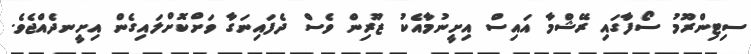
ސިޓިންރޫމު ސޯފާގައި ރޭޝްމާ އައިސް އިށީނުމާއެކު ޒޫރިން ވެސް ދެފައިނަގާ ވަށްކޮށްލައިގެން އިށީނދެއްޖެވެ.